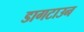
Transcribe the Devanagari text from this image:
डागटाउन